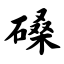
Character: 磉